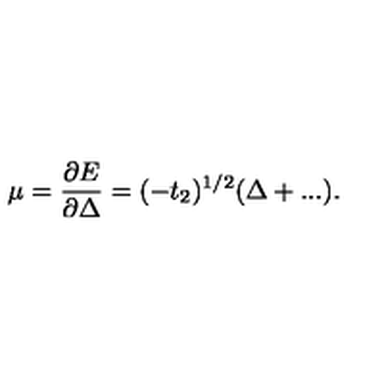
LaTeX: \mu = \frac { \partial E } { \partial \Delta } = ( - t _ { 2 } ) ^ { 1 / 2 } ( \Delta + . . . ) .